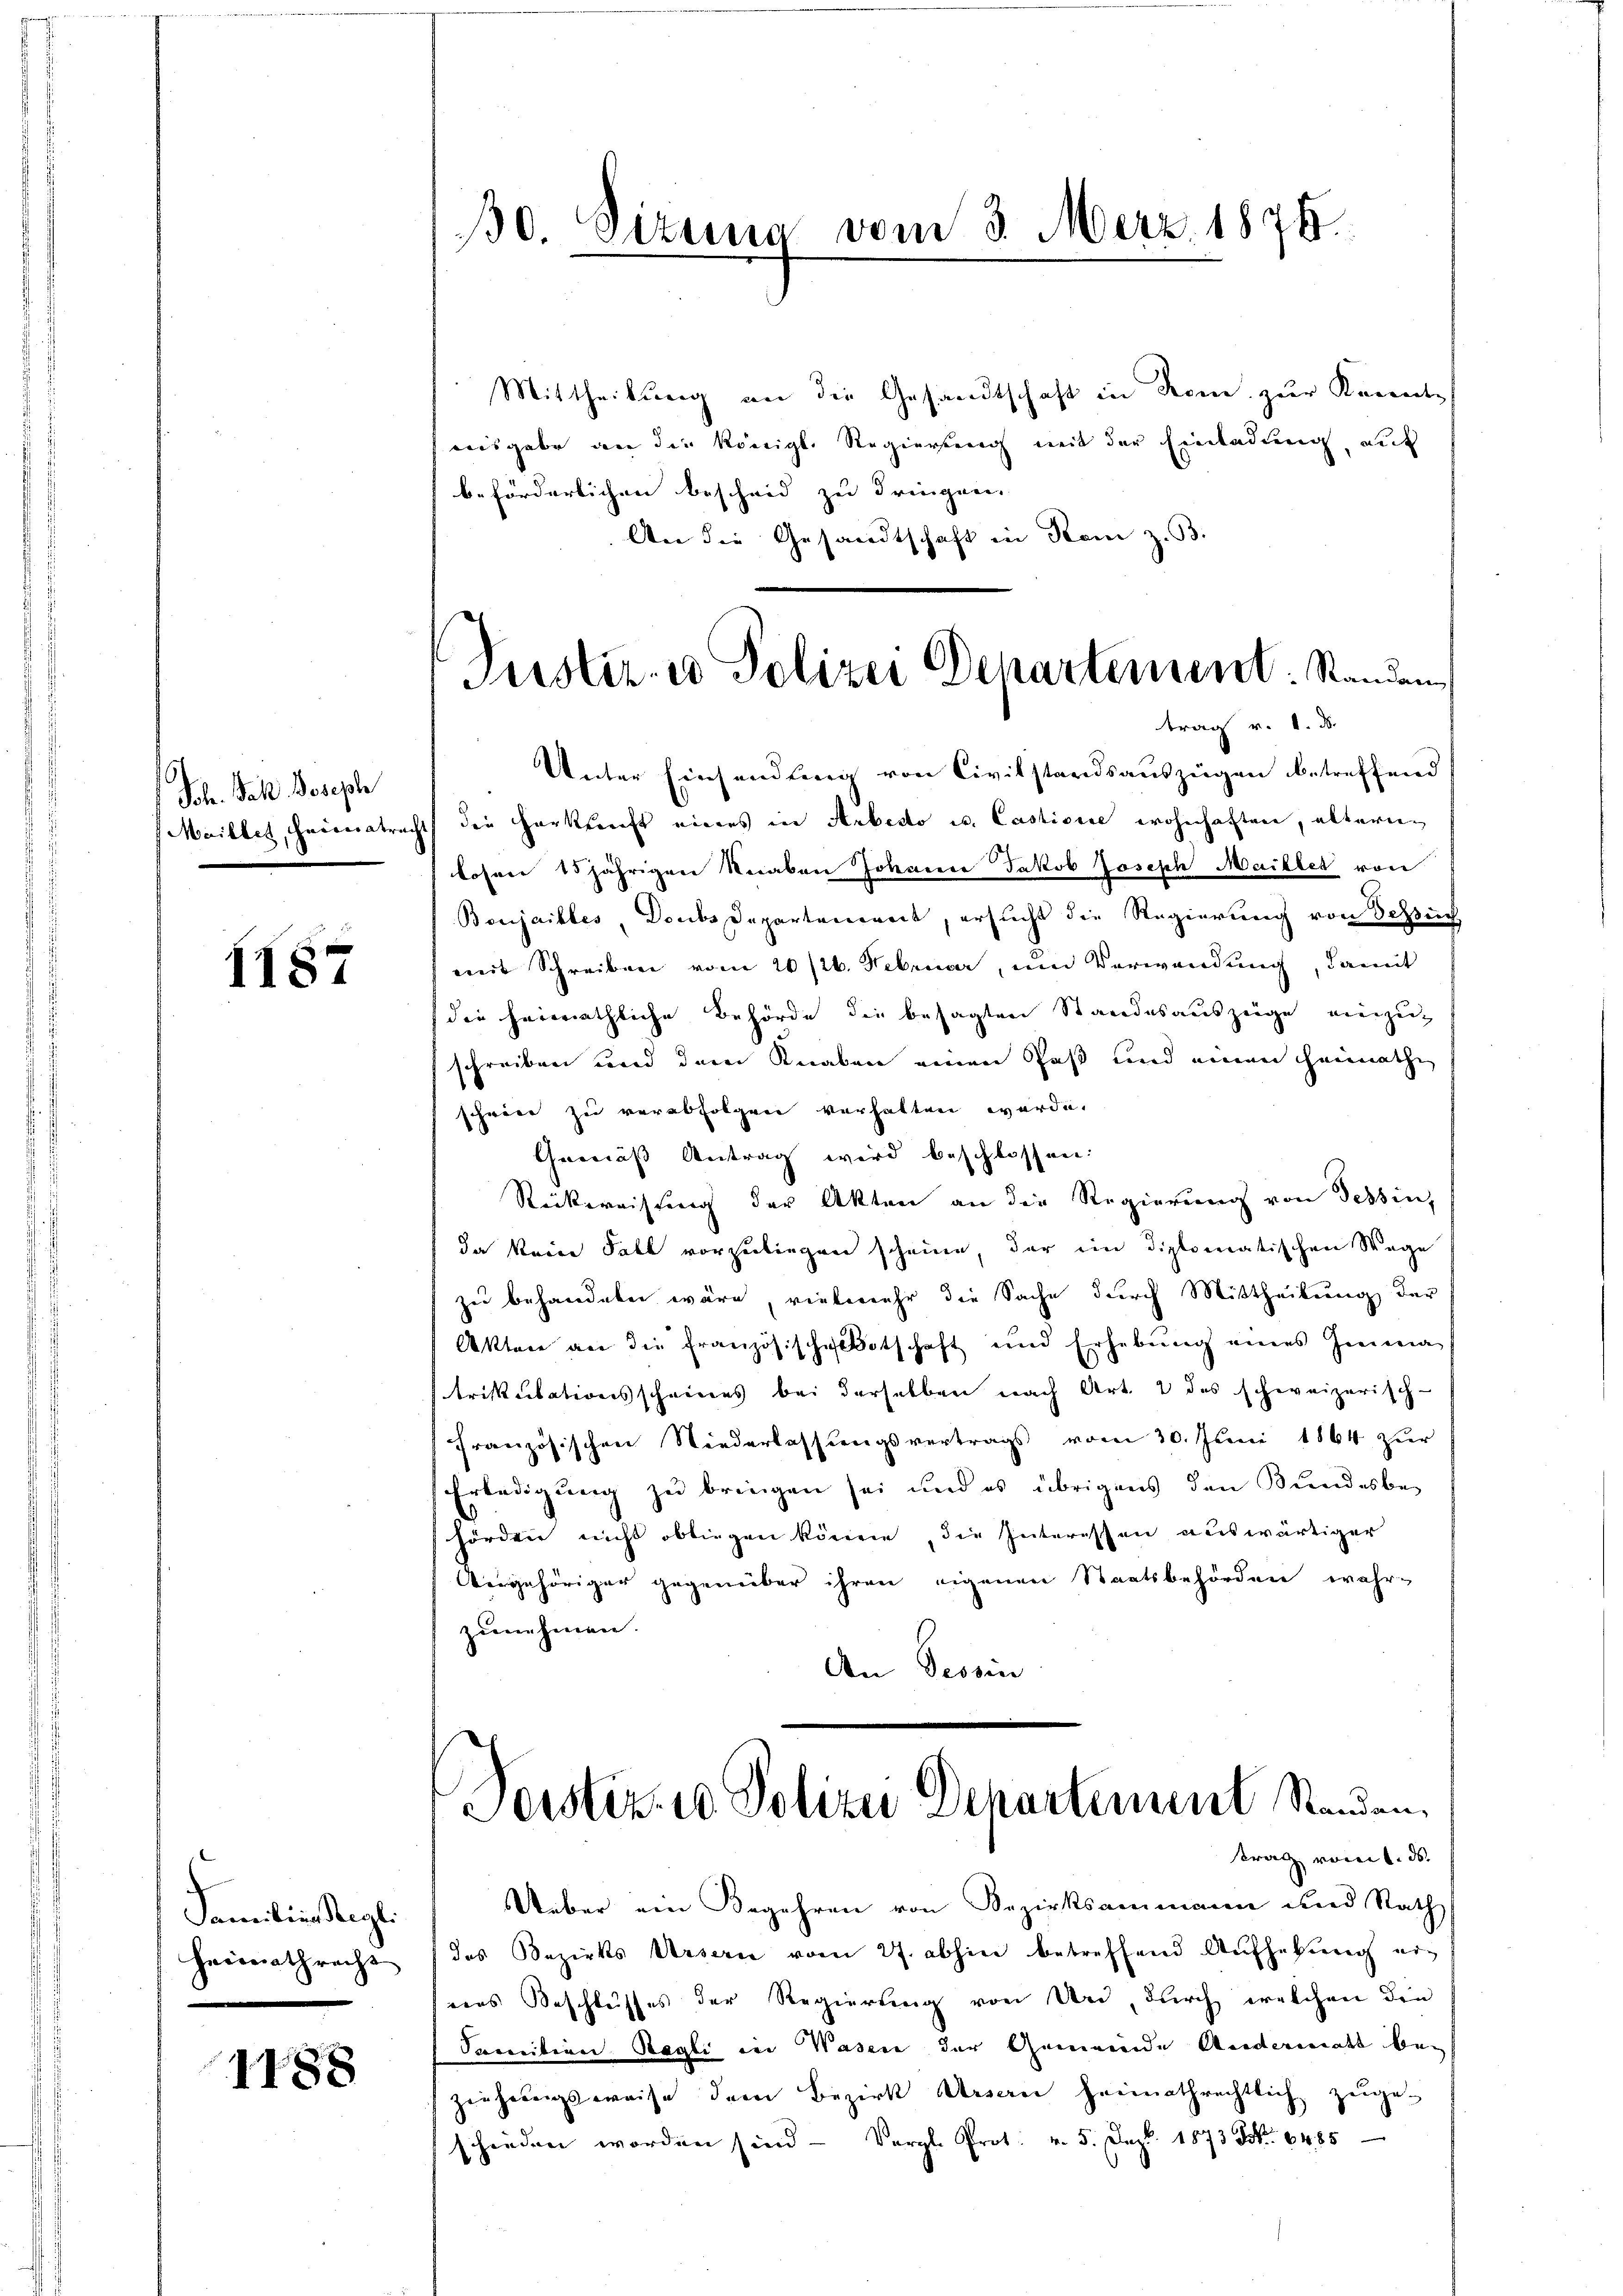
Sch. Jak. Joseph
Mailler, Heimats

1187

Familien Regl.
Heimathrecht

1188

30 Sizung vom 3. Merz 1876.

Justiz- & Polizei Departement. Standen
trag v. 1. d.

Mittheilung an die Gesandtschaft in Rom zur Kenntausgabe an die Königl. Regiereng mit der Einladung auf
beförderlichen bescheid zu dringen.
An die Gesandtschaft in Rom z. 33.
Unter Einsendung von Civilstandsauszügen betreffend
icht die Herkunft eines in Arbedo u. Castione wohnhaften, alternlosen 15jährigen Knaben Johanne Jakob Joseph Maillet von
Bonjaikbes, Doubs Departenereit, ersucht die Regierung von Schuch
mit Schreiben vom 20/26. Februar, um Verwendung, damit
die heimathliche Behörde die besagten Standesauszeige einzuz
schreiben und dem Knaben einen Paß und einen Heimathe
schwere zu verabfolgen verhalten werde.
Gemäß Antrag wird beschlossen:
Rickereistung der Akten an die Regierung von Tessin,
da kein Fall vorzuliegen scheine, der ein Diplomatischen Wage
zu behandeln wäre, vielmehr die Sache durch Mittheilung der
Akten an die Französischgebotschaft und Erhebŭng eines Imma
trikulationsscheines bei derselben nach Art. 2 des schweizerisch-
französischen Niederlassungsvertrags vom 30. Juni 1864 zur
Erledigung zu bringen sei und es übrigens den Bundesbehördere nicht obliegen können, die Interessen auswärtiger
Angehöriger gegenüber ihren eigenen Staatsbehörden wahr-
zunehmen.
An Tessin

Ueber ein Begehren von Bezirksammann und Rath
das Bezirks Ursern vom 27. abhin betreffend Aufhebung ei-
rens Beschlusses der Regierung von Und, durch welchen den
Soinition Regli in Wasen der Gemeinde Andermatt beziehungsweise dem Bezirk Arsen heimathrechtlich zuge-
schieden worden sind - Vergl. Prot. v. 5. Dez. 1873 S. 6485

Forster. 10 Polizei Departement Standen.
trag vom 1. ds.